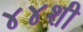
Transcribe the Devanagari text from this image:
४४शी